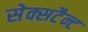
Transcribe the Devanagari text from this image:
सेक्सटैन्ट